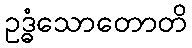
ဥဒ္ဓံသောတောတိ